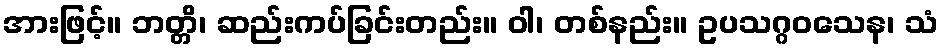
အားဖြင့်။ ဘတ္တိ၊ ဆည်းကပ်ခြင်းတည်း။ ဝါ၊ တစ်နည်း။ ဥပသဂ္ဂဝသေန၊ သံ